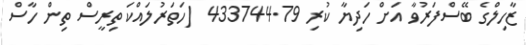
ޒާހިލްގެ ބޭސްފަރުވާ އަށް ހަދިޔާ ކުރި 433744.79 (ހަތަރުލައްކަ ތިރީސް ތިން ހާސް